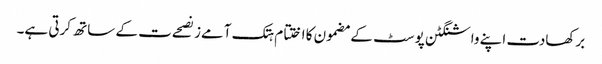
برکھادت اپنے واشنگٹن پوسٹ کے مضمون کا اختتام ہتک آمےز نصحےت کے ساتھ کرتی ہے۔